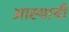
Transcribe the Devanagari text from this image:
आस्थायी